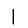
Digit: 1